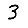
Digit: 3